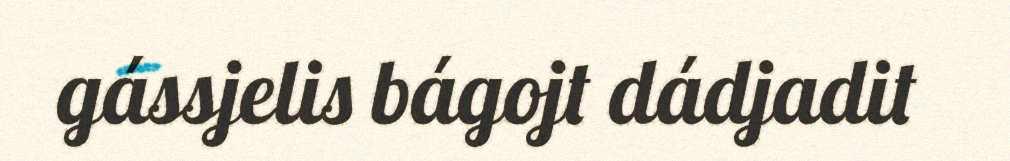
gássjelis bágojt dádjadit